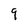
Character: q